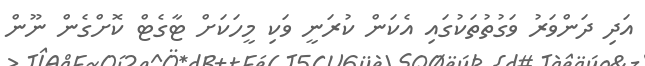
އަދި ދަންވަރު ވަގުތުތަކުގައި އެކަން ކުރަނީ ވަކި މީހަކަށް ޓާގެޓް ކޮށްގެން ނޫން